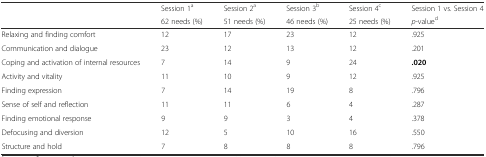
| <ROWSPAN=2>  | Session 1a | Session 2a | Session 3b | Session 4c | Session 1 vs. Session 4 |
 | 62 needs (%) | 51 needs (%) | 46 needs (%) | 25 needs (%) | p-valued |
 | --- | --- | --- | --- | --- | --- |
 | Relaxing and finding comfort | 12 | 17 | 23 | 12 | .925 |
 | Communication and dialogue | 23 | 12 | 13 | 12 | .201 |
 | Coping and activation of internal resources | 7 | 14 | 9 | 24 | .020 |
 | Activity and vitality | 11 | 10 | 9 | 12 | .925 |
 | Finding expression | 7 | 14 | 19 | 8 | .796 |
 | Sense of self and reflection | 11 | 11 | 6 | 4 | .287 |
 | Finding emotional response | 9 | 9 | 3 | 4 | .378 |
 | Defocusing and diversion | 12 | 5 | 10 | 16 | .550 |
 | Structure and hold | 7 | 8 | 8 | 8 | .796 |